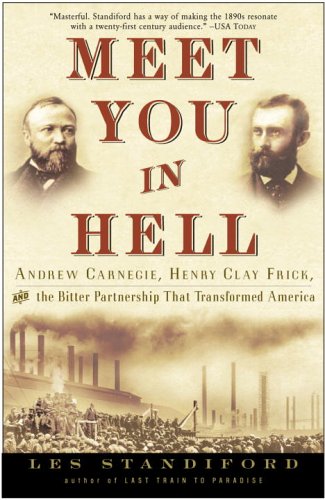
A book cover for Meet You in Hell: Andrew Carnegie, Henry Clay Frick, and the Bitter Partnership That Changed America; Les Standiford; Business & Money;